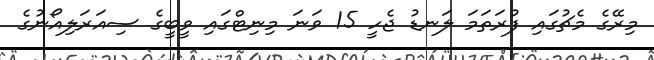
މިރޭގެ މެޗުގައި ފުރަތަމަ ލަނޑު ޖެހީ 15 ވަނަ މިނިޓްގައި ވީބީގެ ސިއަރަލިއޯނުގެ